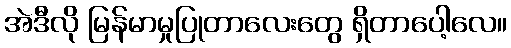
အဲဒီလို မြန်မာမှုပြုတာလေးတွေ ရှိတာပေါ့လေ။